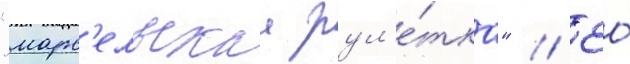
"марс'ельскаа рул'е́тка" // Ео́